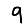
Digit: 9